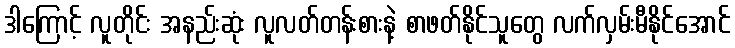
ဒါကြောင့် လူတိုင်း အနည်းဆုံး လူလတ်တန်းစားနဲ့ စာဖတ်နိုင်သူတွေ လက်လှမ်းမီနိုင်အောင်